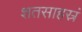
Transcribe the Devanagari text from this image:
शतसाहस्रं